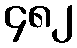
၄၈၂